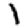
Digit: 1